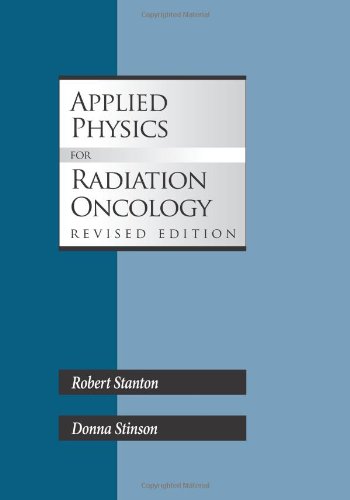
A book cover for Applied Physics for Radiation Oncology, Revised Edition; Robert Stanton; Science & Math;